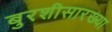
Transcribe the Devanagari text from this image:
बुरशीसारख्या